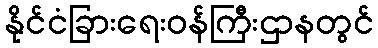
နိုင်ငံခြားရေးဝန်ကြီးဌာနတွင်